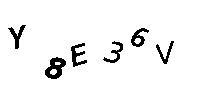
Y8E36V